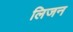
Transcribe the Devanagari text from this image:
लिजन